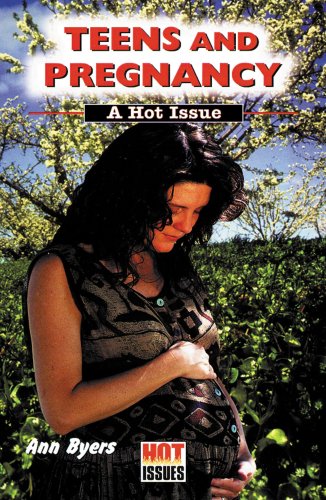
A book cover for Teens and Pregnancy: A Hot Issue (Hot Issues); Ann Byers; Teen & Young Adult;